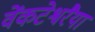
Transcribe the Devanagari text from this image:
वेंकटेश्वरैया